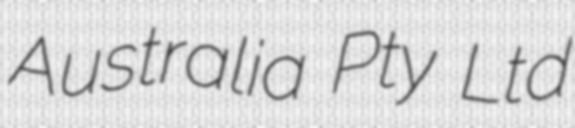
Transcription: Australia Pty Ltd